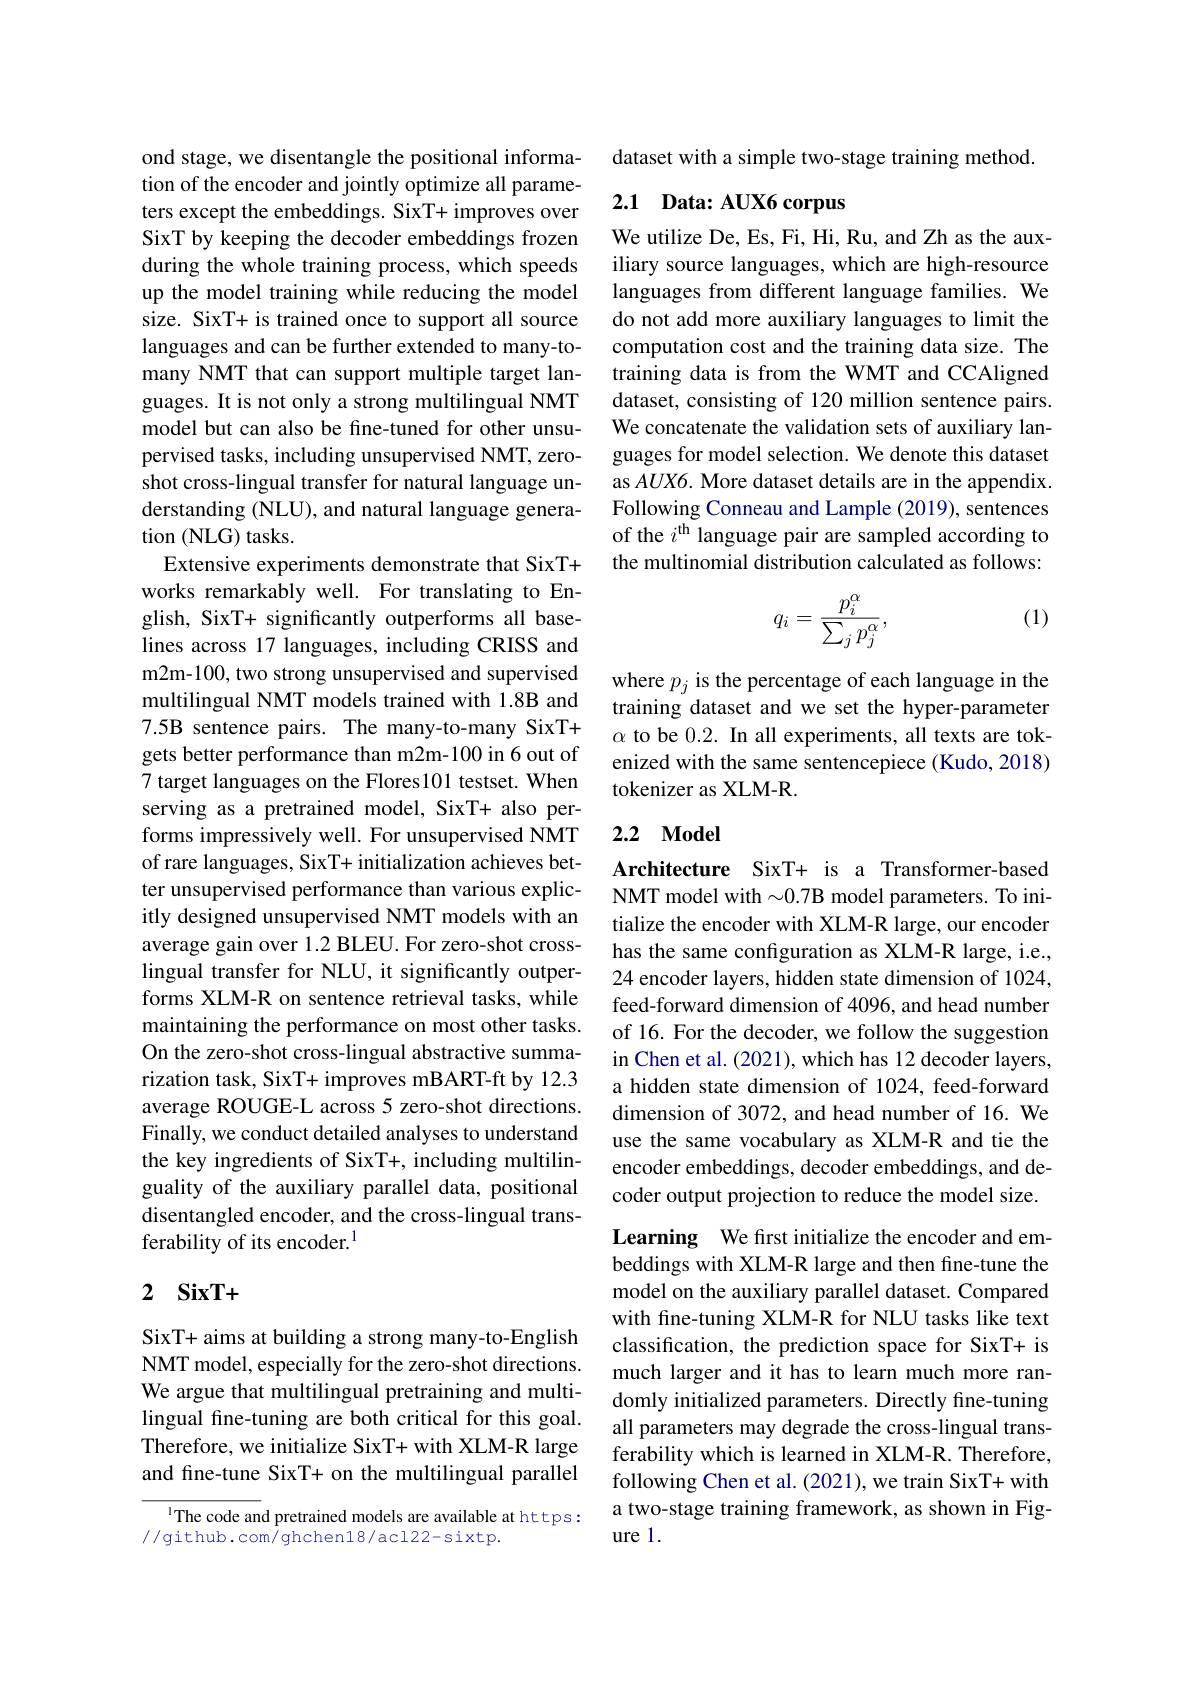
ond stage, we disentangle the positional information of the encoder and jointly optimize all parameters except the embeddings. SixT+ improves over SixT by keeping the decoder embeddings frozen during the whole training process, which speeds up the model training while reducing the model size. SixT+ is trained once to support all source languages and can be further extended to many-tomany NMT that can support multiple target languages. It is not only a strong multilingual NMT model but can also be fine-tuned for other unsupervised tasks, including unsupervised NMT, zeroshot cross-lingual transfer for natural language understanding (NLU), and natural language generation (NLG) tasks.
Extensive experiments demonstrate that SixT+ works remarkably well. For translating to English, SixT+ significantly outperforms all baselines across 17 languages, including CRISS and m2m-100, two strong unsupervised and supervised multilingual NMT models trained with 1.8B and 7.5B sentence pairs. The many-to-many SixT+ gets better performance than m2m-100 in 6 out of 7 target languages on the Flores101 testset. When serving as a pretrained model, SixT+ also performs impressively well. For unsupervised NMT of rare languages, SixT+ initialization achieves better unsupervised performance than various explicitly designed unsupervised NMT models with an average gain over 1.2 BLEU. For zero-shot crosslingual transfer for NLU, it significantly outperforms XLM-R on sentence retrieval tasks, while maintaining the performance on most other tasks. On the zero-shot cross-lingual abstractive summarization task, SixT+ improves mBART-ft by 12.3 average ROUGE-L across 5 zero-shot directions. Finally, we conduct detailed analyses to understand the key ingredients of SixT+, including multilinguality of the auxiliary parallel data, positional disentangled encoder, and the cross-lingual transferability of its encoder.$^{1}$

## 2 $\mathbf{SixT+ }$

SixT+ aims at building a strong many-to-English NMT model, especially for the zero-shot directions. We argue that multilingual pretraining and multilingual fine-tuning are both critical for this goal. Therefore, we initialize SixT+ with XLM-R large and fine-tune SixT+ on the multilingual parallel

IThe code and pretrained models are available at https:
//github.com/ghchen18/acl22-sixtp.

dataset with a simple two-stage training method.

# 2.1 Data: AUX6 corpus

We utilize De, Es, Fi, Hi, Ru, and Zh as the auxiliary source languages, which are high-resource languages from different language families. We do not add more auxiliary languages to limit the computation cost and the training data size. The training data is from the WMT and CCAligned dataset, consisting of 120 million sentence pairs. We concatenate the validation sets of auxiliary languages for model selection. We denote this dataset as AUX6. More dataset details are in the appendix. Following Conneau and Lample (2019), sentences of the $i^\mathrm{th}$ language pair are sampled according to the multinomial distribution calculated as follows:

(1)
$$q_i=\frac{p_i^\alpha}{\sum_jp_j^\alpha},$$
where $p_j$ is the percentage of each language in the training dataset and we set the hyper-parameter $\alpha$ to be 0.2. In all experiments, all texts are tokenized with the same sentencepiece (Kudo, 2018) tokenizer as XLM-R

### 2.2 Model

Architecture SixT+ is a Transformer-based NMT model with $\sim0.7$B model parameters. To initialize the encoder with XLM-R large, our encoder has the same configuration as XLM-R large, i.e., 24 encoder layers, hidden state dimension of 1024, feed-forward dimension of 4096, and head number of 16. For the decoder, we follow the suggestion in Chen et al. (2021), which has 12 decoder layers, a hidden state dimension of 1024, feed-forward dimension of 3072, and head number of 16. We use the same vocabulary as XLM-R and tie the encoder embeddings, decoder embeddings, and decoder output projection to reduce the model size.

Learning We first initialize the encoder and embeddings with XLM-R large and then fine-tune the model on the auxiliary parallel dataset. Compared with fine-tuning XLM-R for NLU tasks like text classification, the prediction space for SixT+ is much larger and it has to learn much more randomly initialized parameters. Directly fine-tuning all parameters may degrade the cross-lingual transferability which is learned in XLM-R. Therefore, following Chen et al. (2021), we train SixT+ with a two-stage training framework, as shown in Figure 1.